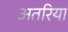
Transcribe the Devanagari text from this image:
अतरिया